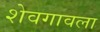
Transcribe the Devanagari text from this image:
शेवगावला